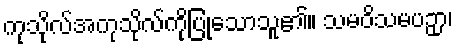
ကုသိုလ်အကုသိုလ်ကိုပြုသောသူ၏။ သမဝိသမပဉှာ၊